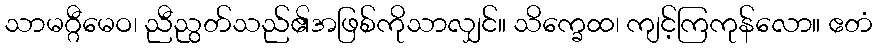
သာမဂ္ဂီမေဝ၊ ညီညွတ်သည်၏အဖြစ်ကိုသာလျှင်။ သိက္ခေထ၊ ကျင့်ကြကုန်လော။ ဧတံ